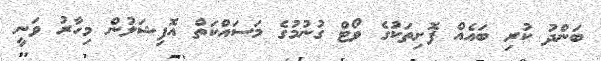
ބަންދު ކުރި ބައެއް ފޮށިތަކުގެ ވޯޓް ގުނުމުގެ މަސައްކަތް އޮފިޝަލުން މިހާރު ވަނީ